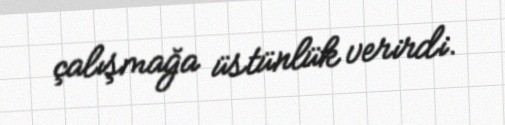
çalışmağa üstünlük verirdi.